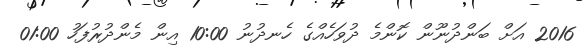
2016 އަށް ބަންދުނޫން ކޮންމެ ދުވަހެއްގެ ހެނދުނު 10:00 އިން މެންދުރުފަހު 01:00